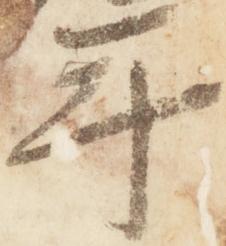
年